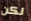
لكن